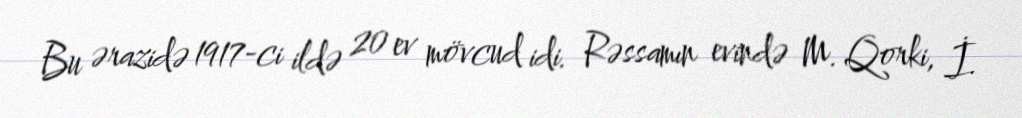
Bu ərazidə 1917-ci ildə 20 ev mövcud idi. Rəssamın evində M. Qorki, İ.